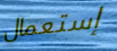
إستعمال